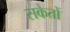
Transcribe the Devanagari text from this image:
सकेतों